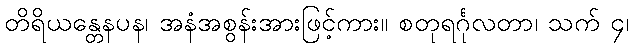
တိရိယန္တေနပန၊ အနံအစွန်းအားဖြင့်ကား။ စတုရင်္ဂုလတာ၊ သက် ၄၊